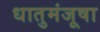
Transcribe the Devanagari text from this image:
धातुमंजूषा